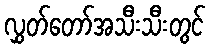
လွှတ်တော်အသီးသီးတွင်